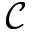
\mathcal { C }